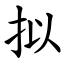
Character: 拟